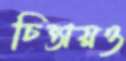
চিন্তায়ও